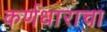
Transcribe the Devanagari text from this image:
कर्णधाराचा